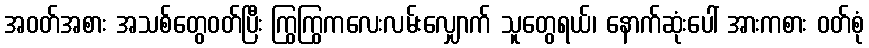
အဝတ်အစား အသစ်တွေဝတ်ပြီး ကြွကြွကလေးလမ်းလျှောက် သူတွေရယ်၊ နောက်ဆုံးပေါ် အားကစား ဝတ်စုံ